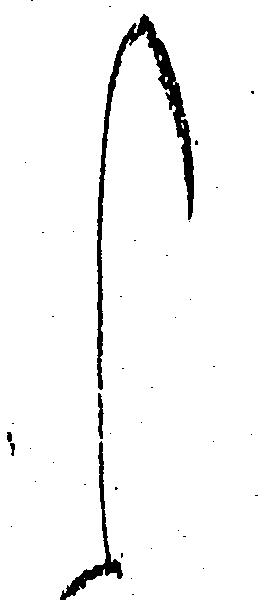
し